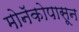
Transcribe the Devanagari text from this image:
मोनॅकोपासून